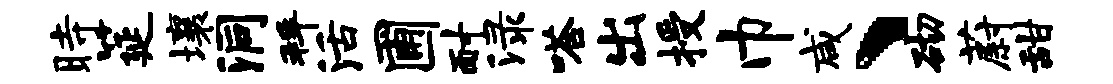
时筵壤洞拜活圃耐渌嗒出授巾咸、砌蔚甜